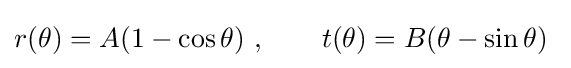
r(\theta )=A(1-\cos \theta )~,\qquad t(\theta )=B(\theta -\sin \theta )~